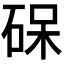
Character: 𮀛